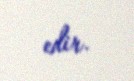
edir.